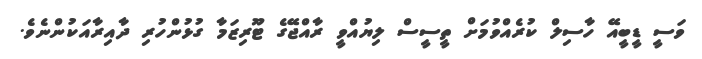
ވަސީ ޑީބީއޭ ހާސިލް ކުރެއްވުމަށް ތީސީސް ލިޔުއްވީ ރާއްޖޭގެ ޓޫރިޒަމާ ގުޅުންހުރި ދާއިރާއަކުންނެވެ.